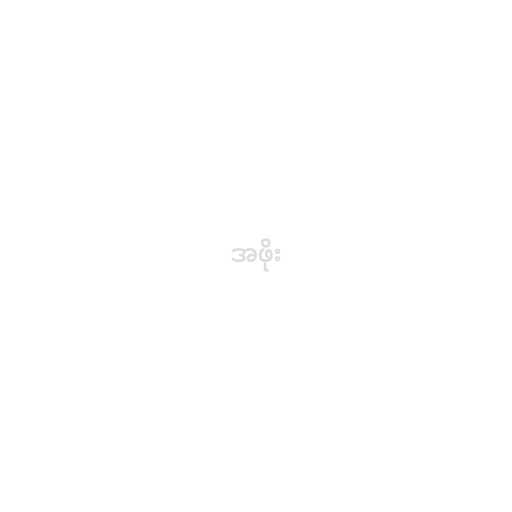
အဖိုး